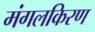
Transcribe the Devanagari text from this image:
मंगलकिरण